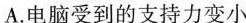
A.电脑受到的支持力变小